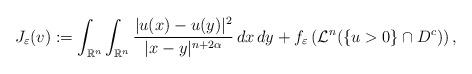
LaTeX: \begin{align*}J_\varepsilon(v):=\int_{\mathbb{R}^n}\int_{\mathbb{R}^n}\frac{|u(x)-u(y)|^2}{|x-y|^{n+2\alpha}}\,dx\,dy+f_\varepsilon \left (\mathcal{L}^n(\{u>0\} \cap D^c) \right ),\end{align*}